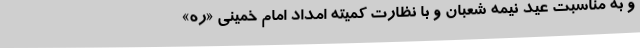
و به مناسبت عید نیمه شعبان و با نظارت کمیته امداد امام خمینی «ره»